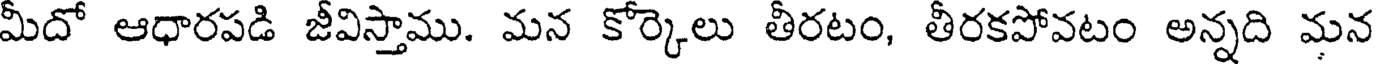
మీదో ఆధారపడి జీవిస్తాము. మన కోర్కెలు తీరటం, తీరకపోవటం అన్నది మన